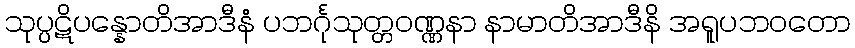
သုပ္ပဋိပန္နောတိအာဒီနံ ပဘင်္ဂုသုတ္တဝဏ္ဏနာ နာမာတိအာဒီနိ အရူပဘဝတော